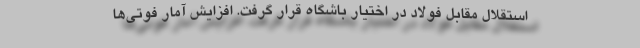
استقلال مقابل فولاد در اختیار باشگاه قرار گرفت. افزایش آمار فوتی‌ها